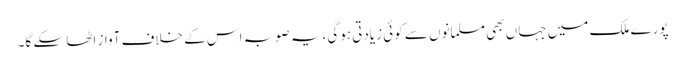
پورے ملک میں جہاں بھی مسلمانوں سے کوئی زیادتی ہوگی،یہ صوبہ اس کے خلاف آواز اٹھا سکے گا۔